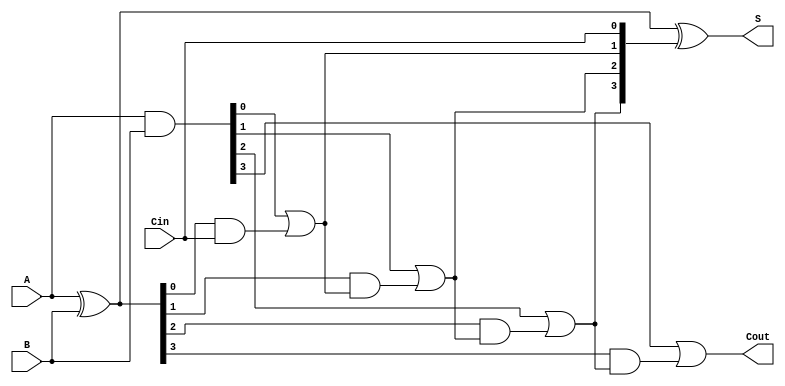
module CLA_4bit (
    input [3:0] A,      // 4-bit input A
    input [3:0] B,      // 4-bit input B
    input Cin,          // Carry-in
    output [3:0] S,     // 4-bit sum output
    output Cout         // Carry-out
);
    wire [3:0] G;       // Generate signals
    wire [3:0] P;       // Propagate signals
    wire [4:0] C;       // Carry signals
    
    // Generate and propagate calculations
    assign G = A & B;   // Generate: Gi = Ai AND Bi
    assign P = A ^ B;   // Propagate: Pi = Ai XOR Bi

    // Carry calculations for the first group
    assign C[0] = Cin; // Initial carry-in
    assign C[1] = G[0] | (P[0] & C[0]); // Carry-out for bit 0
    assign C[2] = G[1] | (P[1] & C[1]); // Carry-out for bit 1
    assign C[3] = G[2] | (P[2] & C[2]); // Carry-out for bit 2
    assign C[4] = G[3] | (P[3] & C[3]); // Carry-out for bit 3

    // Sum calculations
    assign S = P ^ {C[3:0]}; // Si = Ai XOR Bi XOR Ci

    // Final carry-out
    assign Cout = C[4]; // Final carry-out signal

endmodule